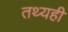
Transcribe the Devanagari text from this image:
तथ्यही